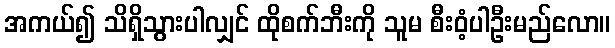
အကယ်၍ သိရှိသွားပါလျှင် ထိုစက်ဘီးကို သူမ စီးဝံ့ပါဦးမည်လော။